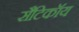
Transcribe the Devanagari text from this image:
सैटिकॉय